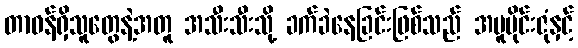
တာဝန်ရှိသူတွေနဲ့အတူ အသီးသီးသို့ ခက်ခဲနေခြင်းဖြစ်သည် အပူပိုင်းဇုံနှင့်